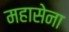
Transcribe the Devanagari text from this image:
महासेना